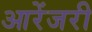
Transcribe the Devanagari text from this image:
आरेंजरी